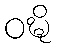
ဝဍ္ဎိ